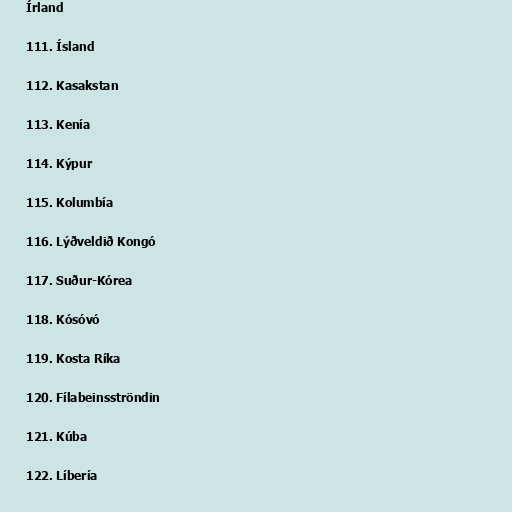
Írland

111. Ísland

112. Kasakstan

113. Kenía

114. Kýpur

115. Kolumbía

116. Lýðveldið Kongó

117. Suður-Kórea

118. Kósóvó

119. Kosta Ríka

120. Fílabeinsströndin

121. Kúba

122. Líbería